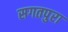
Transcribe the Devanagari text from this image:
सगतपुरा